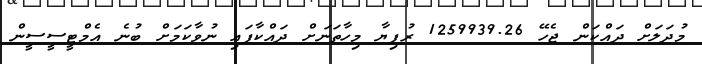
މުދަލަށް ދައްކަން ޖެހޭ 1259939.26 ރުފިޔާ މިހާތަނަށް ދައްކާފައި ނުވާކަމަށް ބުނެ އެމްޓީސީސީން